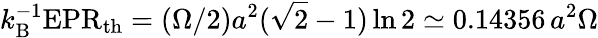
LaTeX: k_{\mathrm{B}}^{-1}\mathrm{EPR}_{\mathrm{th}}=(\Omega/2)a^{2}(\sqrt{2}-1)\ln 2\simeq 0.14356\, a^{2}\Omega